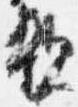
親